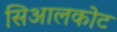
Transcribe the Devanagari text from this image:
सिआलकोट